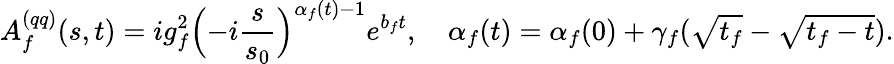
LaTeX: A_{f}^{(qq)}(s,t)=ig_{f}^{2}\Bigl(-i\frac{s}{s_{0}}\Bigr)^{\alpha_{f}(t)-1}e^{b_{f}t},\quad\alpha_{f}(t)=\alpha_{f}(0)+\gamma_{f}(\sqrt{t_{f}}-\sqrt{t_{f}-t}).